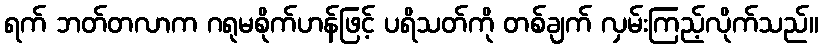
ရက် ဘတ်တလာက ဂရုမစိုက်ဟန်ဖြင့် ပရိသတ်ကို တစ်ချက် လှမ်းကြည့်လိုက်သည်။